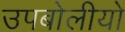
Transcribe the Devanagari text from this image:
उपबोलीयो